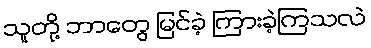
သူတို့ ဘာတွေ မြင်ခဲ့ ကြားခဲ့ကြသလဲ